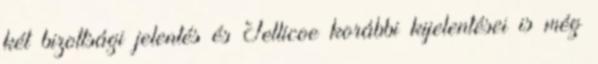
két bizottsági jelentés és Jellicoe korábbi kijelentései is még